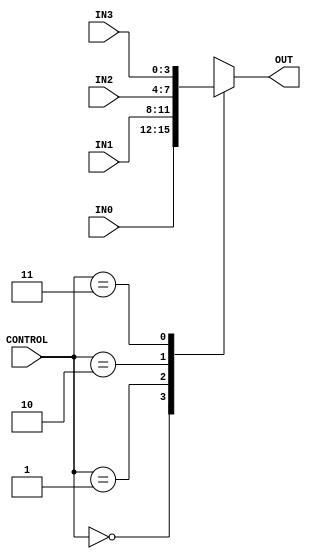
`timescale 1ns / 1ps
//////////////////////////////////////////////////////////////////////////////////
// Company: University of Edinburgh
// 
// Design Name: Mouse Driver
// Module Name: Multiplexer_4Way
// Project Name: Digital Systems Laboratory
// Target Devices: Basys3 FPGA Board
// Tool Versions: Vivado 2015.2
// Description: 4-way multiplexer to select between 4 different variables based on an Input "CONTROL"
//              variable.
// 
// Dependencies: none
// 
// Revision:
// Revision 0.01 - File Created
// Additional Comments:
// 
//////////////////////////////////////////////////////////////////////////////////


module Multiplexer_4Way(
    
    // Inputs to Multiplexer
    input               [1:0] CONTROL, // Controls Multiplexer
    input               [3:0] IN0,
    input               [3:0] IN1,
    input               [3:0] IN2,
    input               [3:0] IN3,
    
    // Output of Multiplexer
    output reg          [3:0] OUT
    );
    
    always@(        CONTROL         or
                    IN0             or
                    IN1             or
                    IN2             or    
                    IN3
                    )
                    
   begin
        // Select output of multiplexer based on control input.
        case(CONTROL)
                2'b00           : OUT <= IN0;
                2'b01           : OUT <= IN1;
                2'b10           : OUT <= IN2;
                2'b11           : OUT <= IN3;
                default         : OUT <= 4'b0000;
        endcase
  end 
  
  
endmodule